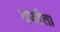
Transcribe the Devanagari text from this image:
दर्जाला